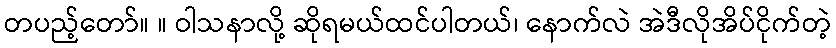
တပည့်တော်။ ။ ဝါသနာလို့ ဆိုရမယ်ထင်ပါတယ်၊ နောက်လဲ အဲဒီလိုအိပ်ငိုက်တဲ့